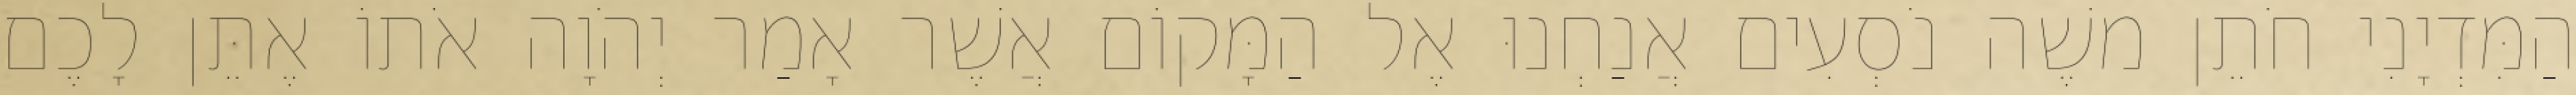
הַמִּדְיָנִי חֹתֵן משֶׁה נֹסְעִים אֲנַחְנוּ אֶל הַמָּקוֹם אֲשֶׁר אָמַר יְהֹוָה אֹתוֹ אֶתֵּן לָכֶם